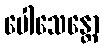
ပေါသေန္တော